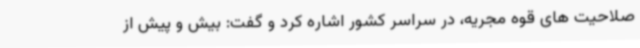
صلاحیت های قوه مجریه، در سراسر کشور اشاره کرد و گفت: بیش و پیش از